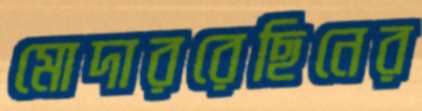
মোদাররেছিনের